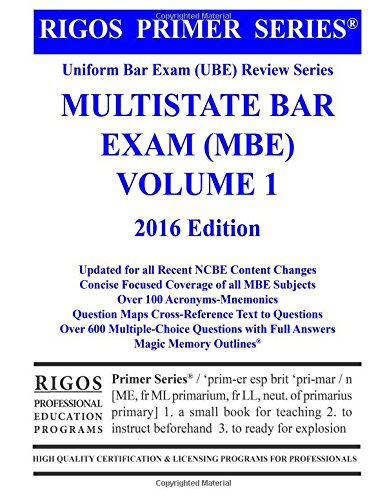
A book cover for Rigos Primer Series Uniform Bar Exam (UBE) Review Series Multistate Bar Exam (MBE) Volume 1; Mr. James J. Rigos; Test Preparation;